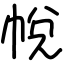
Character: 帨